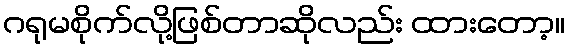
ဂရုမစိုက်လို့ဖြစ်တာဆိုလည်း ထားတော့။